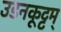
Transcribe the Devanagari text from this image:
उडनकूट्टम्